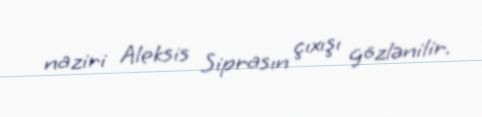
naziri Aleksis Siprasın çıxışı gözlənilir.